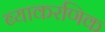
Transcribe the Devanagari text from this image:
ब्याकरणिक